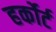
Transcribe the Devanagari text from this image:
हर्कोर्ट